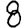
Digit: 8